DOW-UAP-D20, Mission Report, Southern United States, 2020
Agency: Department of War
Incident date: 3/31/23
Incident location: Iraq
Page 2
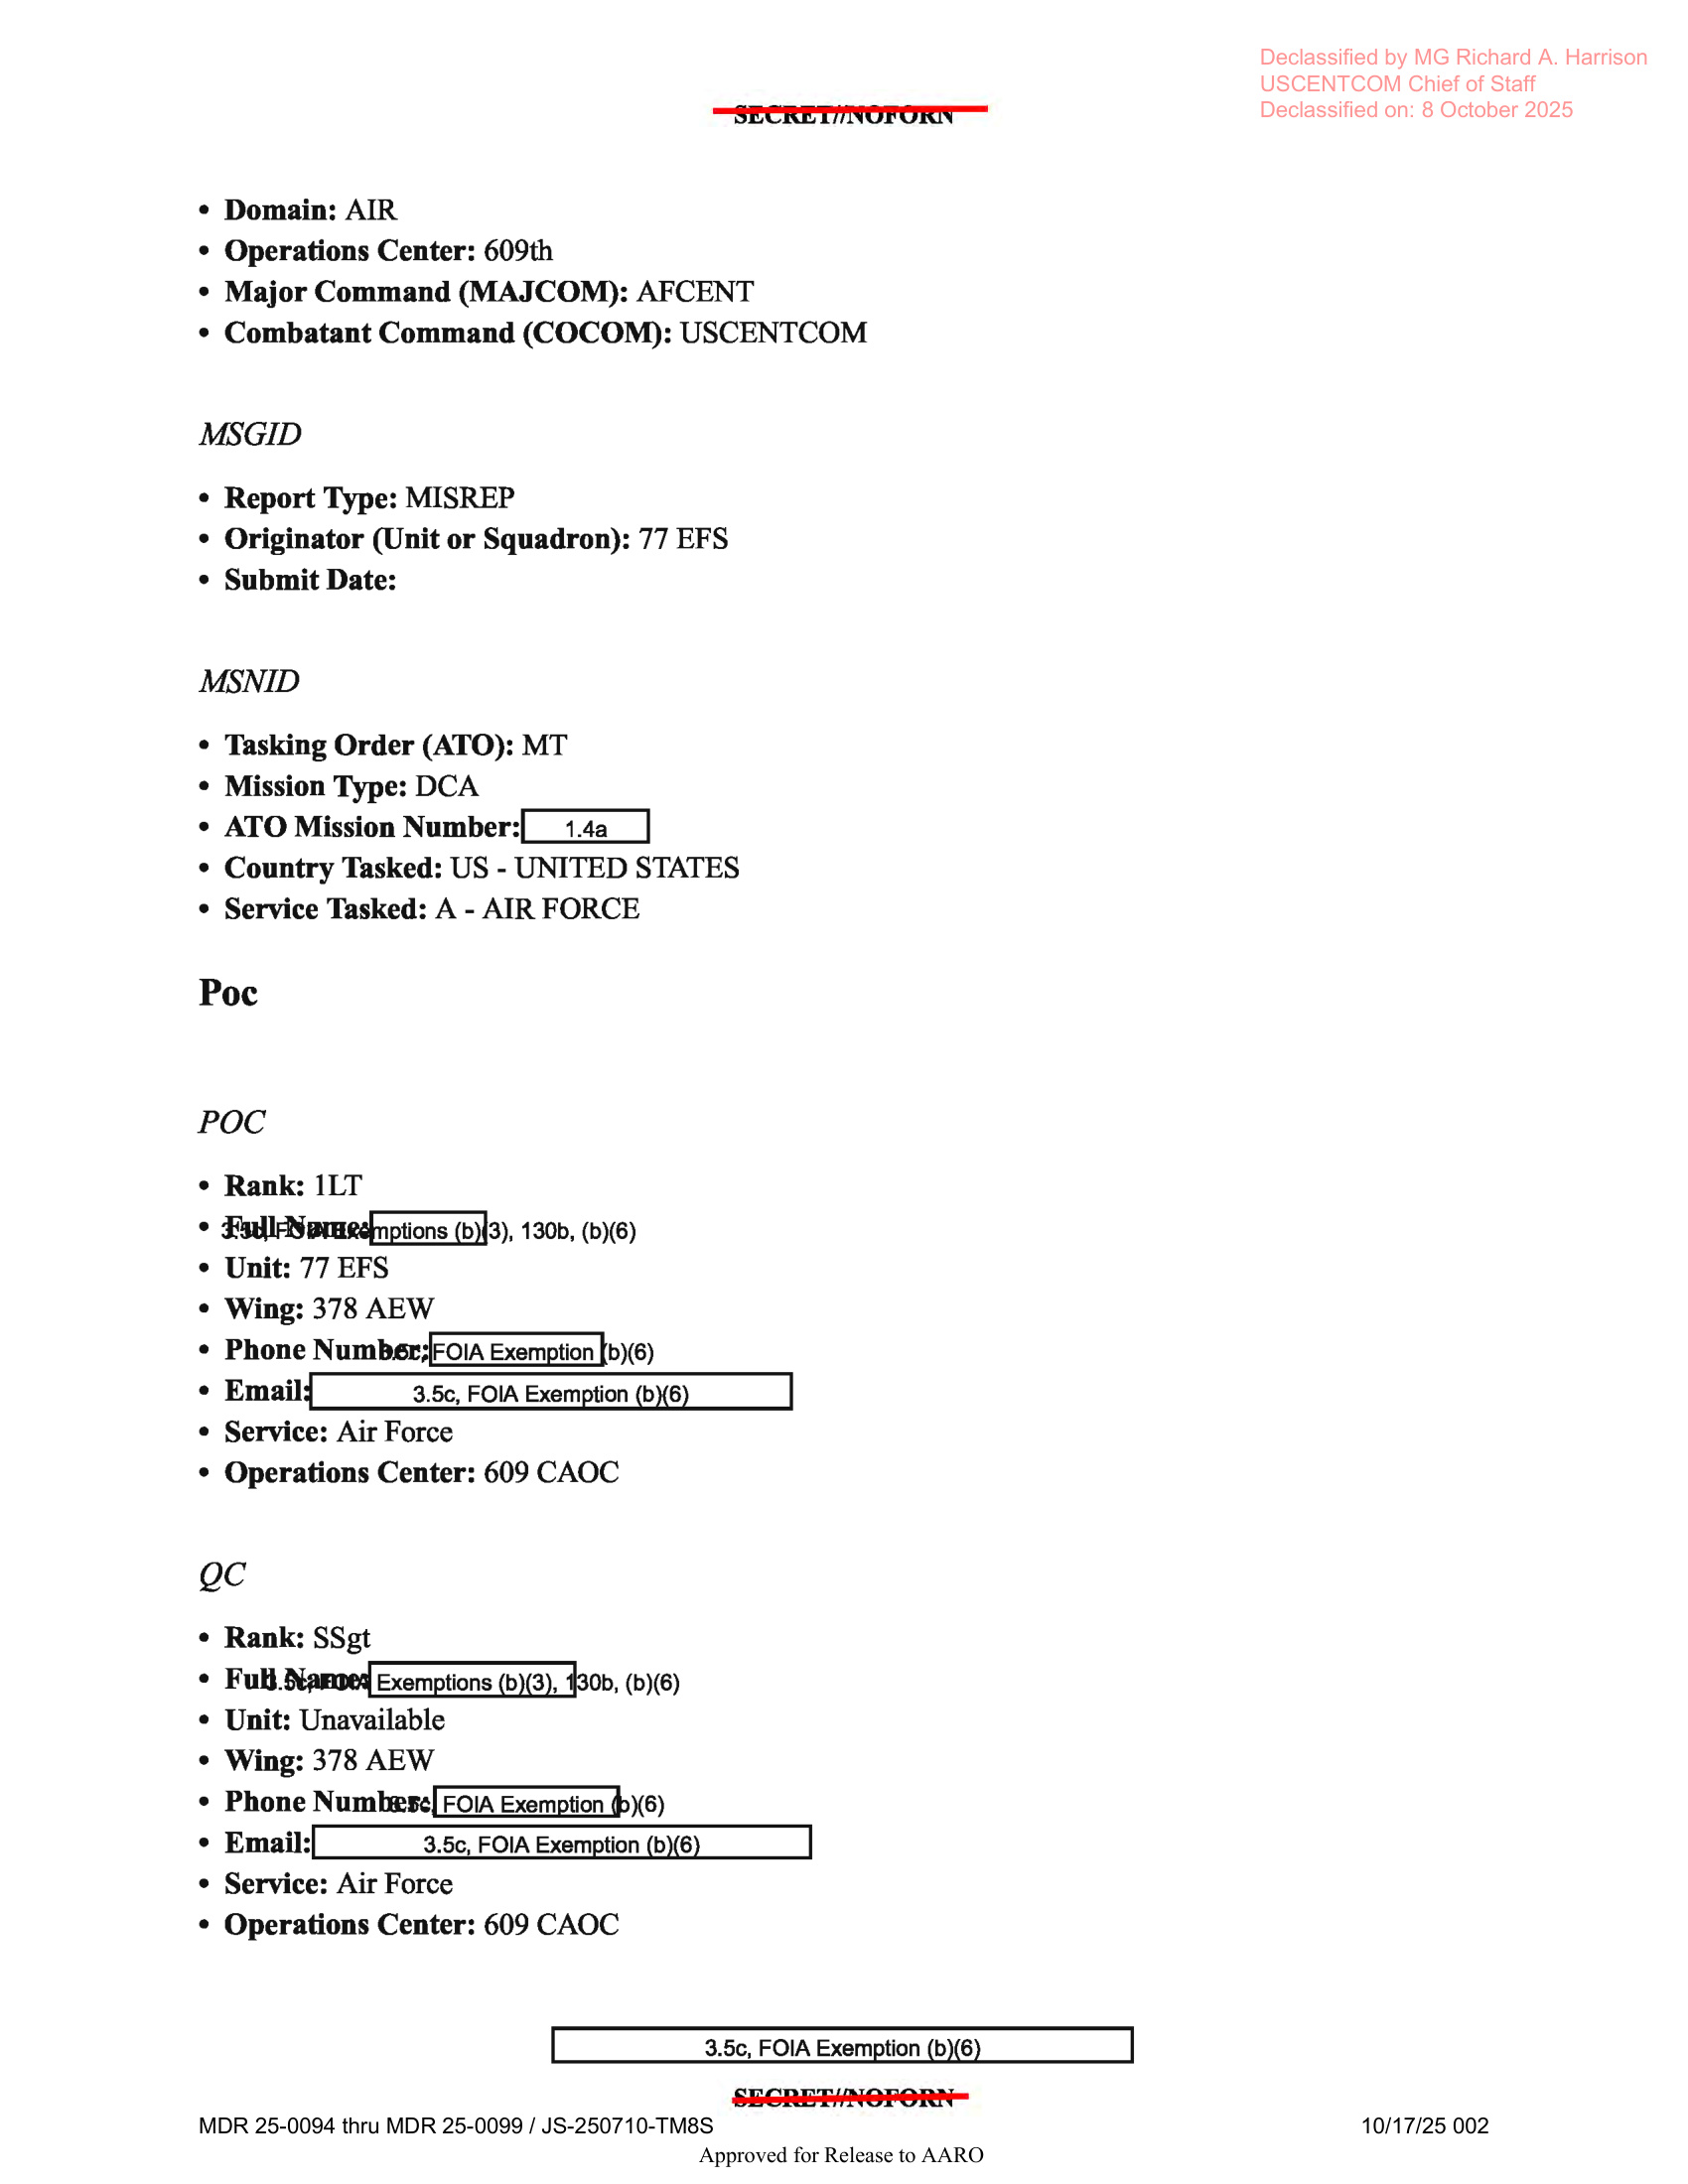